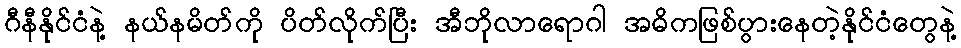
ဂီနီနိုင်ငံနဲ့ နယ်နမိတ်ကို ပိတ်လိုက်ပြီး အီဘိုလာရောဂါ အဓိကဖြစ်ပွားနေတဲ့နိုင်ငံတွေနဲ့